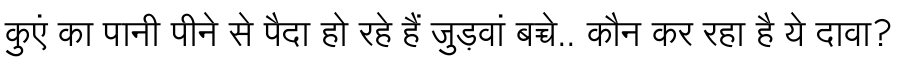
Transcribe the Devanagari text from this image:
कुएं का पानी पीने से पैदा हो रहे हैं जुड़वां बच्चे.. कौन कर रहा है ये दावा?